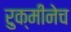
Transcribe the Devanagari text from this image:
रुक्मीनेच